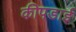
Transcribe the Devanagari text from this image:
कीपडाई